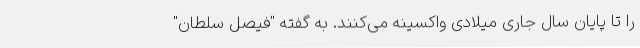
را تا پایان سال جاری میلادی واکسینه می‌کنند. به گفته "فیصل سلطان"